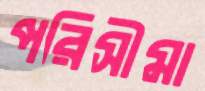
পরিসীমা